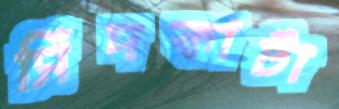
সিঁদকাটা